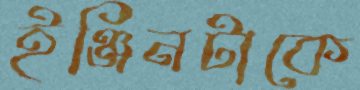
ইঞ্জিনটাকে